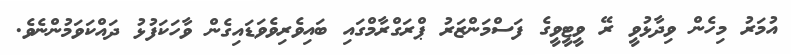
އުމަރު މިހެން ވިދާޅުވީ ރޭ ވީޓީވީގެ ފަސްމަންޒަރު ޕްރަގްރާމްގައި ބައިވެރިވެވަޑައިގެން ވާހަކަފުޅު ދައްކަވަމުންނެވެ.